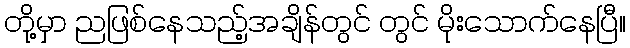
တို့မှာ ညဖြစ်နေသည့်အချိန်တွင် တွင် မိုးသောက်နေပြီ။